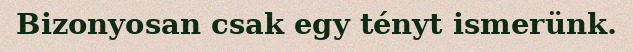
Bizonyosan csak egy tényt ismerünk.